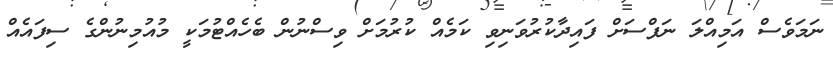
ނަމަވެސް އަމިއްލަ ނަފްސަށް ފައިދާކުރުވަނިވި ކަމެއް ކުރުމަށް ވިސްނުން ބެހެއްޓުމަކީ މުއުމިނުންގެ ސިފައެއް